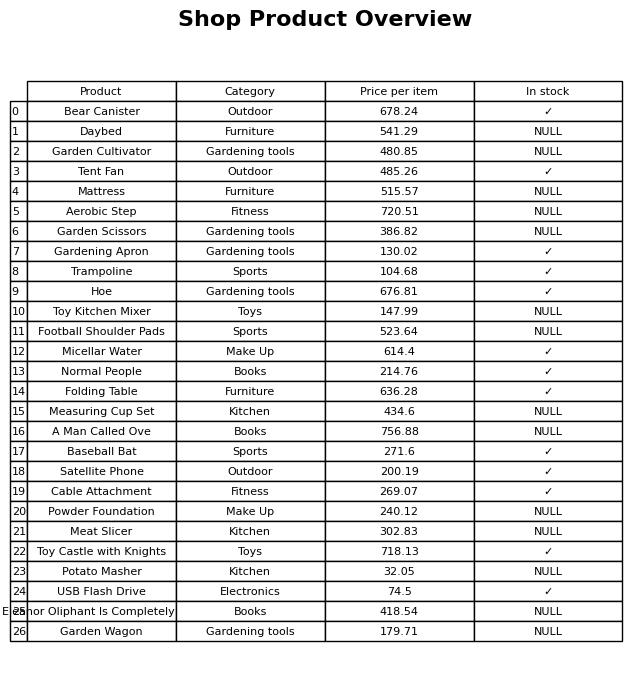
question: Is the Meat Slicer in stock?
answer: NULL